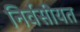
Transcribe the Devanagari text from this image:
निर्वसीयत